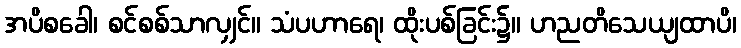
အပိစခေါ၊ စင်စစ်သာလျှင်။ သံပဟာရေ၊ ထိုးပစ်ခြင်း၌။ ဟညတိသေယျထာပိ၊